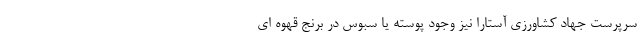
سرپرست جهاد کشاورزی آستارا نیز وجود پوسته یا سبوس در برنج قهوه ای